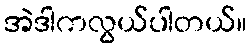
အဲဒါကလွယ်ပါတယ်။